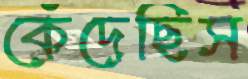
কেঁদেছিস